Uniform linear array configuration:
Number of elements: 32
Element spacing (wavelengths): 1
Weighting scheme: kaiser
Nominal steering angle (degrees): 0
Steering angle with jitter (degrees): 0.3605
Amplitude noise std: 0.05
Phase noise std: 0.05

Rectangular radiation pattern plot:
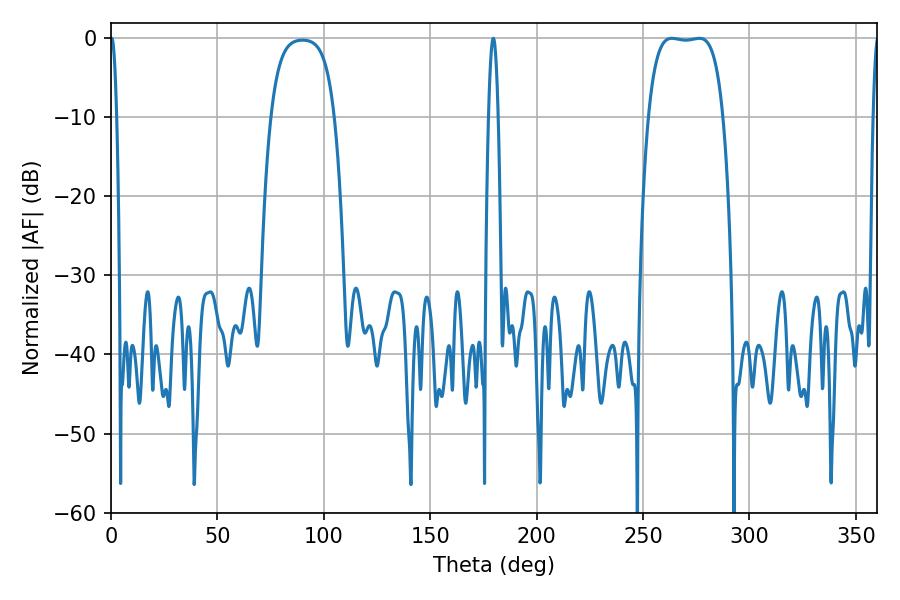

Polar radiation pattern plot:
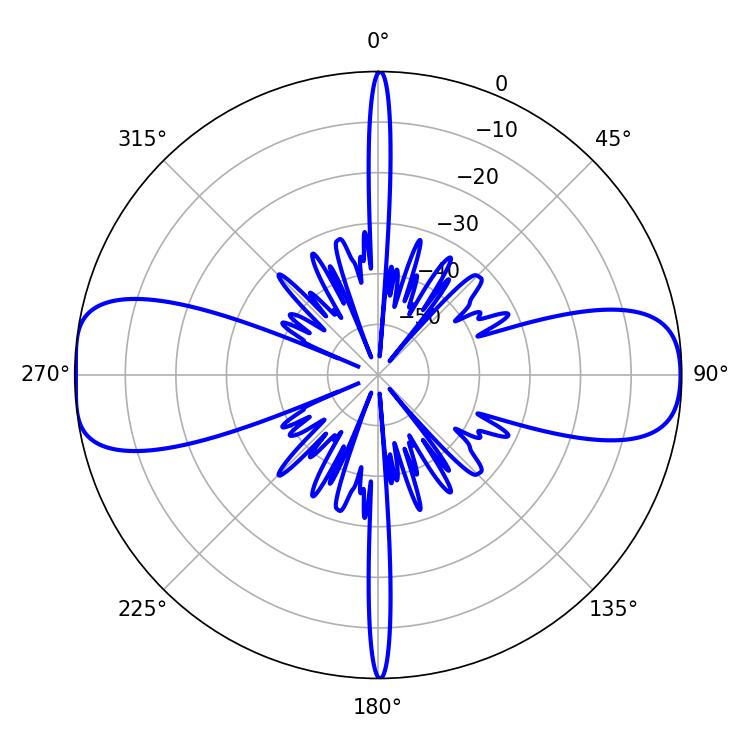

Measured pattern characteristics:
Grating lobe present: TRUE
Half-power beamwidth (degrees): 27.36
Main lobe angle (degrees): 263.52